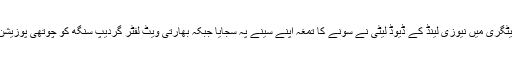
اس کیٹگری میں نیوزی لینڈ کے ڈیوڈ لیٹی نے سونے کا تمغہ اپنے سینے پہ سجایا جبکہ بھارتی ویٹ لفٹر گردیپ سنگھ کو چوتھی پوزیشن ملی۔